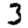
Digit: 3